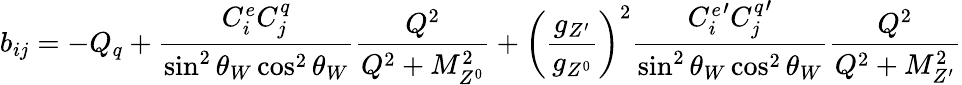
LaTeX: b_{ij}=-Q_{q}+{\frac{C_{i}^{e}C_{j}^{q}}{\sin^{2}\theta_{W}\cos^{2}\theta_{W}}}{\frac{Q^{2}}{Q^{2}+M_{Z^{0}}^{2}}}+\left({\frac{g_{Z^{\prime}}}{g_{Z^{0}}}}\right)^{2}{\frac{{C_{i}^{e}}^{\prime}{C_{j}^{q}}^{\prime}}{\sin^{2}\theta_{W}\cos^{2}\theta_{W}}}{\frac{Q^{2}}{Q^{2}+M_{Z^{\prime}}^{2}}}